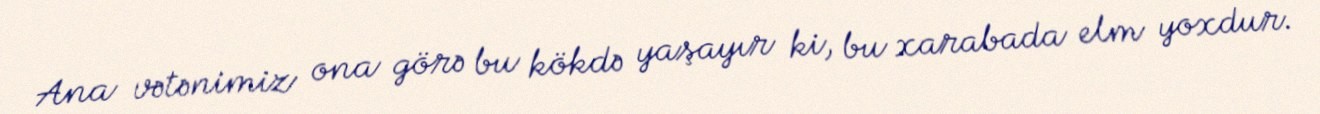
Ana vətənimiz ona görə bu kökdə yaşayır ki, bu xarabada elm yoxdur.